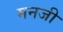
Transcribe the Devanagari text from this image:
मनजी